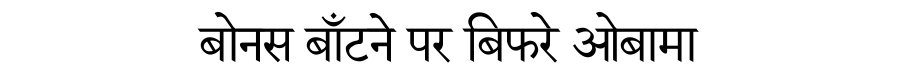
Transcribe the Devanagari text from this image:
बोनस बाँटने पर बिफरे ओबामा